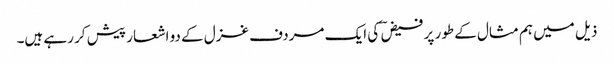
ذیل میں ہم مثال کے طور پر فیض ؔ کی ایک مردف غزل کے دو اشعار پیش کر رہے ہیں۔